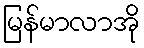
မြန်မာလာအို